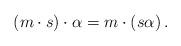
LaTeX: \begin{align*}(m\cdot s)\cdot \alpha = m \cdot (s\alpha)\,.\end{align*}